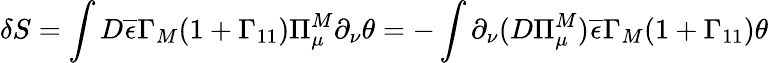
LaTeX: \delta S=\int D\overline{{{\epsilon}}}\Gamma_{M}(1+\Gamma_{11})\Pi_{\mu}^{M}\partial_{\nu}\theta=-\int\partial_{\nu}(D\Pi_{\mu}^{M})\overline{{{\epsilon}}}\Gamma_{M}(1+\Gamma_{11})\theta